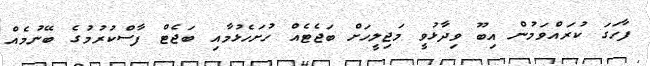
ފާހަގަ ކުރައްވަމުން އިބޫ ވިދާޅުވީ މަޖިލީހަށް ބަޖެޓެއް ހުށަހެޅުމާއި ބަޖެޓް ފާސްކުރުމުގެ ބޭނުމެއް